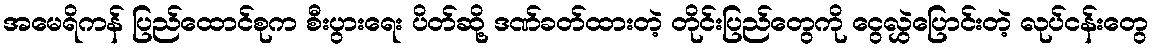
အမေရိကန် ပြည်ထောင်စုက စီးပွားရေး ပိတ်ဆို့ ဒဏ်ခတ်ထားတဲ့ တိုင်းပြည်တွေကို ငွေလွှဲပြောင်းတဲ့ လုပ်ငန်းတွေ